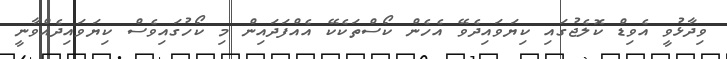
ވިދާޅުވީ އެވިޑް ކޮލެޖުގައި ކިޔަވައިދެވޭ އެހެން ކޯސްތަކެކޭ އެއްފަދައިން މި ކޯހުގައިވެސް ކިޔަވައިދެއްވާނީ